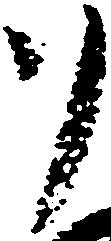
御